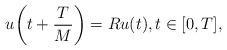
LaTeX: \begin{align*} u\bigg(t +\frac{T}{M}\bigg) = R u(t), t \in [0,T], \end{align*}